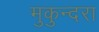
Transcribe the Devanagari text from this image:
मुकुन्दरा